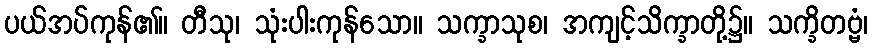
ပယ်အပ်ကုန်၏။ တီသု၊ သုံးပါးကုန်သော။ သက္ခာသုစ၊ အကျင့်သိက္ခာတို့၌။ သက္ခိတဗ္ဗံ၊